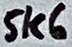
Text: 5K6